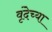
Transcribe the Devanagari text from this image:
वृंदेच्या